Annual report of the Punjab Veterinary College and of the Civil Veterinary Department, Punjab - 1926-1932
Year: 1926
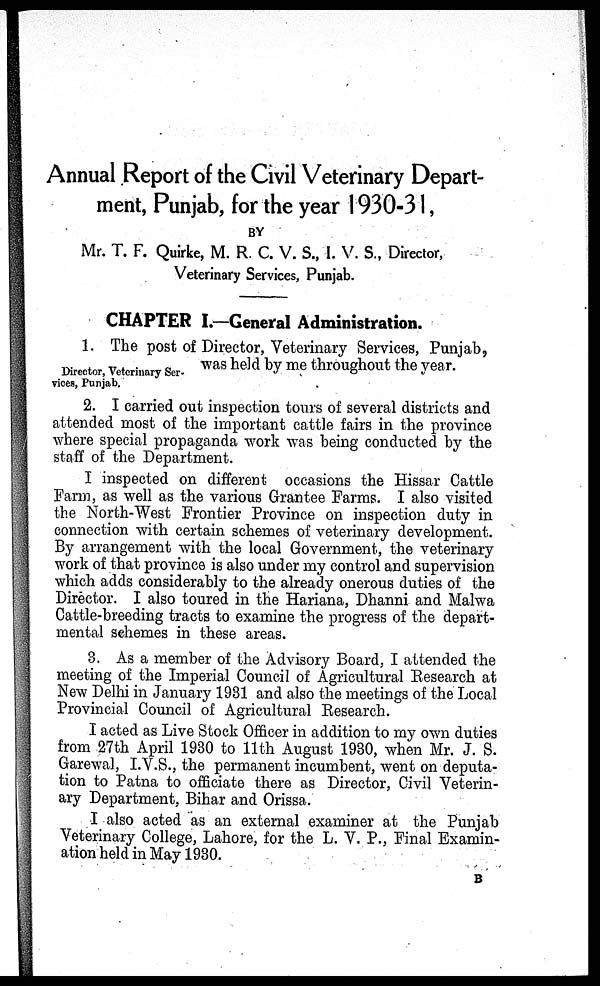
Annual Report of the Civil Veterinary Depart-
ment, Punjab, for the year 1930-31,
BY
Mr. T. F. Quirke, M. R. C. V. S., I. V. S., Director,
Veterinary Services, Punjab.
CHAPTER I.—General Administration.
Director, Veterinary Ser-
vices, Punjab.
1. The post of Director, Veterinary Services, Punjab,
was held by me throughout the year.
2. I carried out inspection tours of several districts and
attended most of the important cattle fairs in the province
where special propaganda work was being conducted by the
staff of the Department.
I inspected on different occasions the Hissar Cattle
Farm, as well as the various Grantee Farms. I also visited
the North-West Frontier Province on inspection duty in
connection with certain schemes of veterinary development.
By arrangement with the local Government, the veterinary
work of that province is also under my control and supervision
which adds considerably to the already onerous duties of the
Director. I also toured in the Hariana, Dhanni and Malwa
Cattle-breeding tracts to examine the progress of the depart-
mental schemes in these areas.
3. As a member of the Advisory Board, I attended the
meeting of the Imperial Council of Agricultural Research at
New Delhi in January 1931 and also the meetings of the Local
Provincial Council of Agricultural Research.
I acted as Live Stock Officer in addition to my own duties
from 27th April 1930 to 11th August 1930, when Mr. J. S.
Garewal, I.V.S., the permanent incumbent, went on deputa-
tion to Patna to officiate there as Director, Civil Veterin-
ary Department, Bihar and Orissa.
I also acted as an external examiner at the Punjab
Veterinary College, Lahore, for the L. V. P., Final Examin-
ation held in May 1930.
B